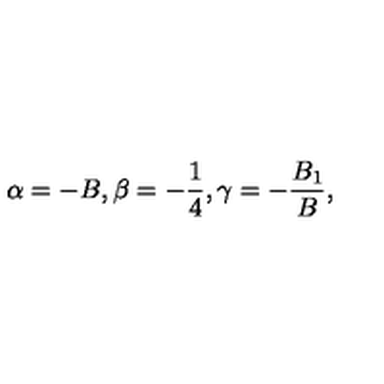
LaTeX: \alpha = - B , \beta = - \frac { 1 } { 4 } , \gamma = - \frac { B _ { 1 } } { B } ,